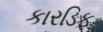
કારડિફ